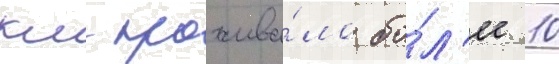
км прожива́ло бо́л'ее 10